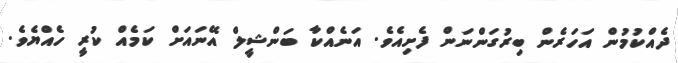
ދެއްކުމުން އަހަރެން ބިރުގަންނަން ފެށިއެވެ. އަނެއްކާ ބަންޝީލް އޭނައަށް ކަމެއް ކުރީ ހެއްޔެވެ.